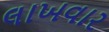
લાખવાર